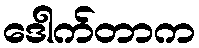
ဒေါက်တာက